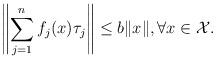
LaTeX: \begin{align*}\left\|\sum_{j=1}^{n}f_j(x)\tau_j\right\|\leq b\|x\|, \forall x \in \mathcal{X}.\end{align*}